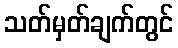
သတ်မှတ်ချက်တွင်